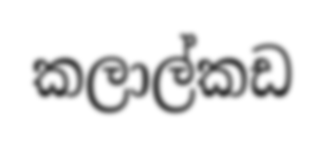
කලාල්කඩ